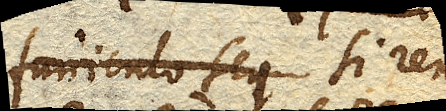
funiculo seq si rem